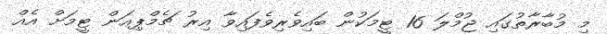
މި މުބާރާތުގައި ޖުމްލަ 16 ޓީމަކުން ބައިވެރިވެފައިވާ އިރު ޗެމްޕިއަން ޓީމަށް އެއް